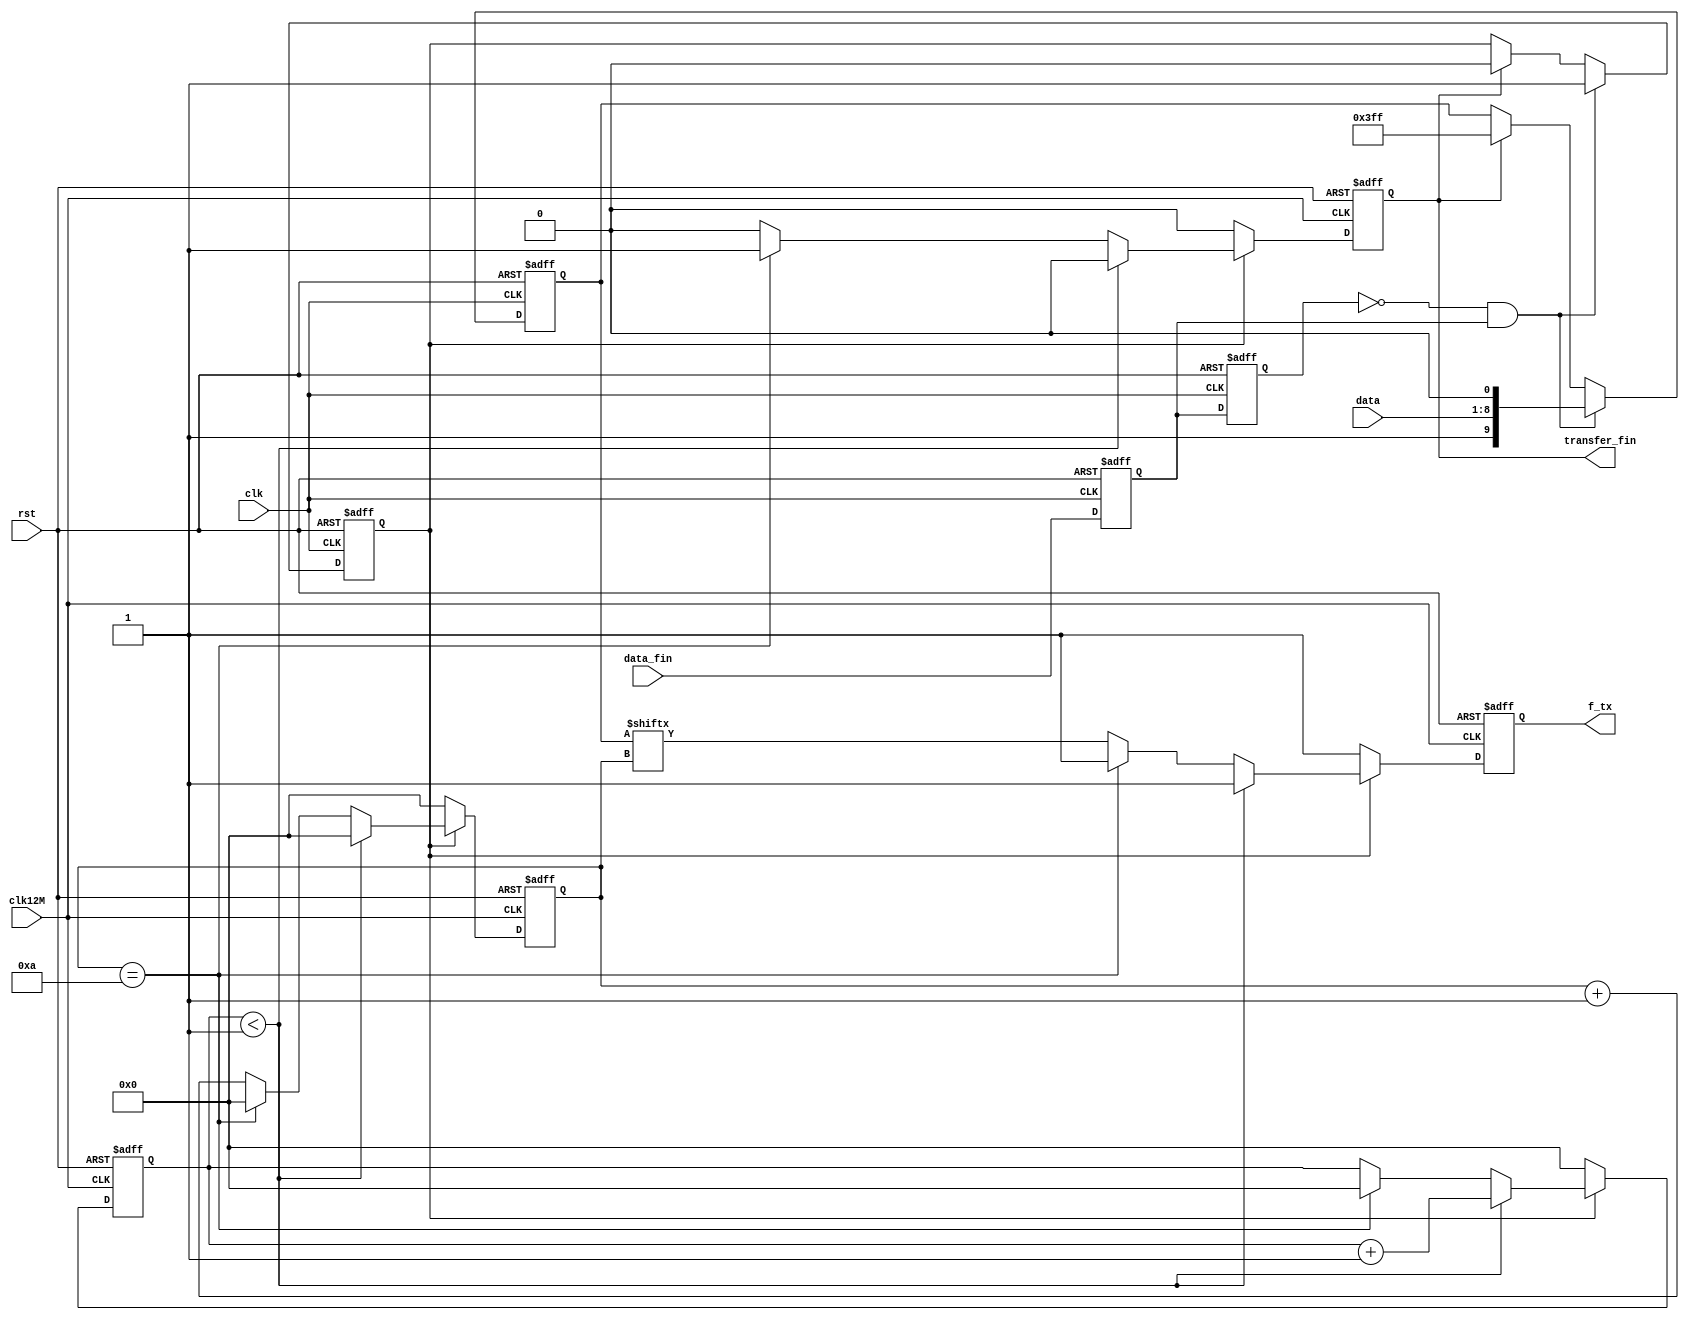
`timescale 1ns / 1ps
//////////////////////////////////////////////////////////////////////////////////
// Company: 
// Engineer: 
// 
// Design Name: 
// Module Name:    UART_TX 
// Project Name: 
// Target Devices: 
// Tool versions: 
// Description: 
//
// Dependencies: 
//
// Revision: 
// Revision 0.01 - File Created
// Additional Comments: 
//
//////////////////////////////////////////////////////////////////////////////////
module UART_TX(
    input clk,clk12M,
	 input rst,
	 input[7:0] data,               //
	 input data_fin,                //,1	
    output reg transfer_fin,       //	 
	 output reg f_tx                //UARTTX
    );
	
reg [3:0] cnt,cnt1;
reg en_transfer;
reg [9:0]data_send;
reg data_fin_1,data_fin_2;
wire pos_data_fin;

   
always @(posedge clk or posedge rst)
begin
  if(rst) begin data_fin_1<=0;data_fin_2<=0; end
  else    begin data_fin_2<=data_fin_1;data_fin_1<=data_fin;  end
end
assign pos_data_fin= ~data_fin_2 & data_fin_1;

always @(posedge clk or posedge rst)
begin
  if(rst) begin data_send<=0; en_transfer<=0; end
  else
    begin 
      if(pos_data_fin)      begin  data_send<={1'b1,data,1'b0};en_transfer<=1; end
		else if(transfer_fin) begin  data_send<=10'b1111111111;en_transfer<=0; end
      else                  begin  data_send<=data_send; en_transfer<=en_transfer; end		
	 end
end

//**************************************//        
always @(posedge clk12M or posedge rst)
begin
  if(rst) 
    begin
	   f_tx<=1;
		cnt<=0;
		cnt1<=0;
		transfer_fin<=0;
	 end
  else
    begin
      if(en_transfer)
		  begin
		    if(cnt1<1) begin f_tx<=1;cnt<=0;cnt1<=cnt1+1;transfer_fin<=0; end   //en_transfer0
			 else if(cnt==10)
			   begin
				f_tx<=1;
				cnt<=0;
				cnt1<=0;
				transfer_fin<=1;
				end
			 else
			   begin
				f_tx<= data_send[cnt];
		      cnt<=cnt+1;
				cnt1<=cnt1;
				transfer_fin<=0;
				end
		  end
		else
		  begin
         f_tx<=1;
		   cnt<=0;
			cnt1<=0;
		   transfer_fin<=0;
			
        end		  
    end	  
end
//*****************************************************//


endmodule